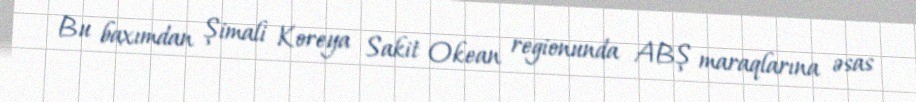
Bu baxımdan Şimali Koreya Sakit Okean regionunda ABŞ maraqlarına əsas